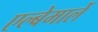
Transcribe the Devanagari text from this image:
एल्बेमार्ले